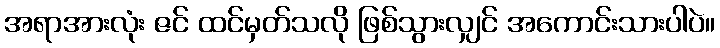
အရာအားလုံး ဇင် ထင်မှတ်သလို ဖြစ်သွားလျှင် အကောင်းသားပါပဲ။